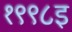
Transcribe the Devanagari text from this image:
१९९८इ